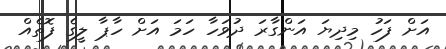
އަށް ފަހު މިދިޔަ އަންގާރަ ދުވަހާ ހަމަ އަށް ހާޕާ ލީގެ ފޮތެއް